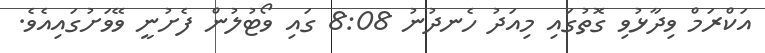
އަކްރަމް ވިދާޅުވި ގޮތުގައި މިއަދު ހެނދުނު 8:08 ގައި ވޯޓުލުން ފެށުނީ ވޭވަށުގައިއެވެ.